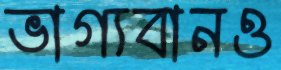
ভাগ্যবানও